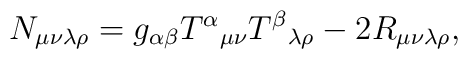
N_{\mu \nu \lambda \rho} =  g_{\alpha \beta} {T^\alpha}_{\mu \nu} {T^\beta}_{\lambda \rho} - 2R_{\mu \nu \lambda \rho},